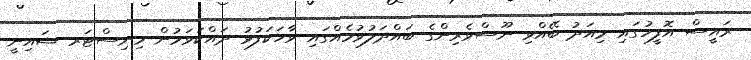
ރައީސް އޮފީހުގައި މިއަދު ބޭއްވި ނޫސްވެރިންގެ ބައްދަލުވުމެއްގައި ވާހަކަފުޅު ދައްކަވަމުން މިނިސްޓަރ ޝައިނީ